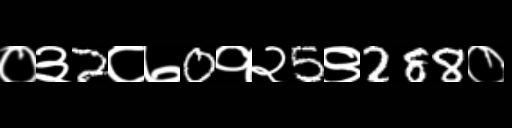
Text: ०३2८७0१२5९288०